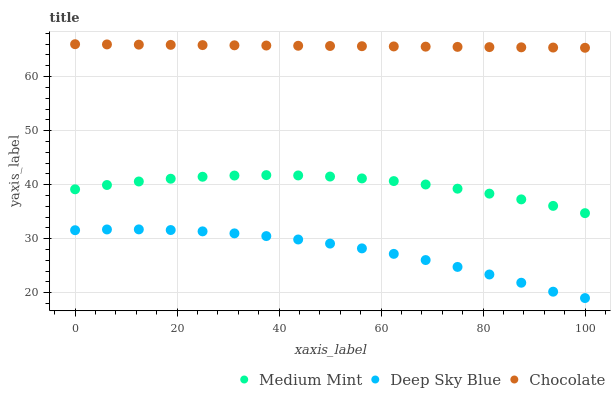
| xaxis_label | Medium Mint | Deep Sky Blue | Chocolate |
 | --- | --- | --- | --- |
 | 0 | 39.1 | 31.6 | 66 |
 | 6.25 | 39.9 | 31.7 | 66 |
 | 12.5 | 40.6 | 31.7 | 65.9 |
 | 18.8 | 41.1 | 31.6 | 65.9 |
 | 25 | 41.5 | 31.4 | 65.8 |
 | 31.2 | 41.7 | 31 | 65.8 |
 | 37.5 | 41.8 | 30.5 | 65.8 |
 | 43.8 | 41.7 | 29.8 | 65.7 |
 | 50 | 41.5 | 29.1 | 65.7 |
 | 56.2 | 41.2 | 28.2 | 65.6 |
 | 62.5 | 40.7 | 27.2 | 65.6 |
 | 68.8 | 40 | 26 | 65.5 |
 | 75 | 39.3 | 24.8 | 65.5 |
 | 81.2 | 38.3 | 23.4 | 65.5 |
 | 87.5 | 37.3 | 21.8 | 65.4 |
 | 93.8 | 36.1 | 20.2 | 65.4 |
 | 100 | 34.7 | 19 | 65.3 |